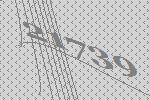
21739